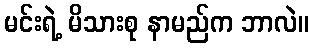
မင်းရဲ့ မိသားစု နာမည်က ဘာလဲ။